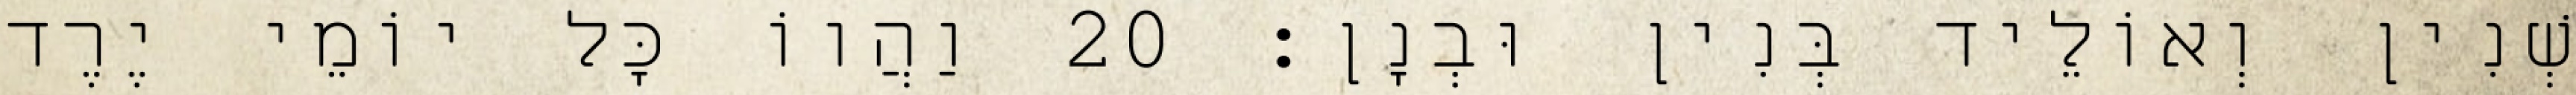
שְׁנִין וְאוֹלֵיד בְּנִין וּבְנָן׃ 20 וַהֲווֹ כָּל יוֹמֵי יֶרֶד